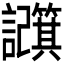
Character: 𫍕